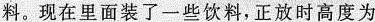
料。现在里面装了一些饮料，正放时高度为